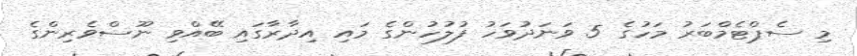
މި ސެޕްޓެމްބަރު މަހުގެ 5 ވަނަދުވަހު ފުލުހުންގެ މައި އިދާރާގައި ބޭއްވި ނޫސްވެރިންގެ